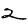
Digit: 2